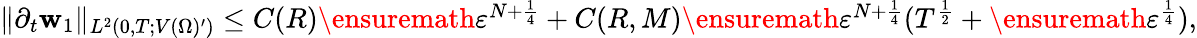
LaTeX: \begin{array}{r}{\| \partial_{t}\mathbf{w}_{1}\| _{L^{2}(0,T;V(\Omega)^{\prime})}\leq C(R)\ensuremath{\varepsilon}^{N+\frac{1}{4}}+C(R,M)\ensuremath{\varepsilon}^{N+\frac{1}{4}}(T^{\frac 12}+\ensuremath{\varepsilon}^{\frac 14}),}\end{array}